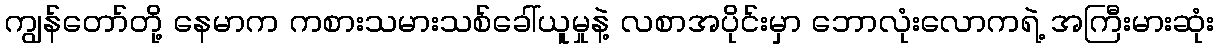
ကျွန်တော်တို့ နေမာက ကစားသမားသစ်ခေါ်ယူမှုနဲ့ လစာအပိုင်းမှာ ဘောလုံးလောကရဲ့ အကြီးမားဆုံး